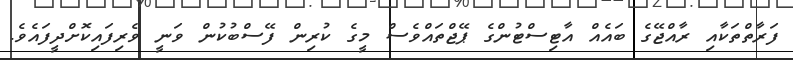
ފަރާތްތަކާއި ރާއްޖޭގެ ބައެއް އާޓިސްޓުންގެ ޕޭޖްތައްވެސް މީގެ ކުރިން ފޭސްބުކުން ވަނީ ވެރިފައިކޮށްދީފައެވެ.